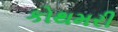
કોથમરી